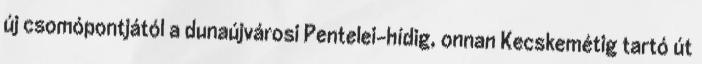
új csomópontjától a dunaújvárosi Pentelei-hídig, onnan Kecskemétig tartó út